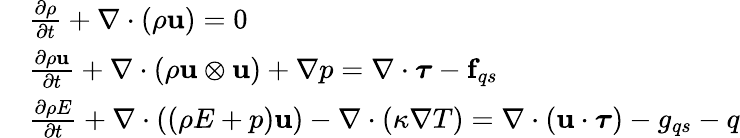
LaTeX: \begin{array}{rl}&{\frac{\partial\rho}{\partial t}+\nabla\cdot\left(\rho\textbf{u}\right)=0}\\ &{\frac{\partial\rho\textbf{u}}{\partial t}+\nabla\cdot\left(\rho\textbf{u}\otimes\textbf{u}\right)+\nabla p=\nabla\cdot\boldsymbol{\tau}-\textbf{f}_{qs}}\\ &{\frac{\partial\rho E}{\partial t}+\nabla\cdot\left(\left(\rho E+p\right)\textbf{u}\right)-\nabla\cdot\left(\kappa\nabla T\right)=\nabla\cdot\left(\textbf{u}\cdot\boldsymbol{\tau}\right)-g_{qs}-q}\end{array}